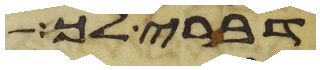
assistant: דברתי לך